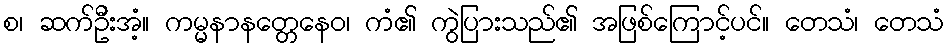
စ၊ ဆက်ဦးအံ့။ ကမ္မနာနတ္တေနေဝ၊ ကံ၏ ကွဲပြားသည်၏ အဖြစ်ကြောင့်ပင်။ တေသံ၊ တေသံ